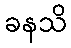
ခနသိ